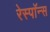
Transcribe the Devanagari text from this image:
रेस्पाॅन्स